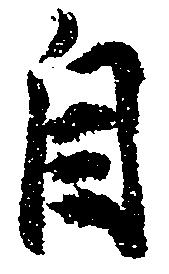
自